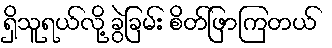
ရှိသူရယ်လို့ ခွဲခြမ်း စိတ်ဖြာကြတယ်